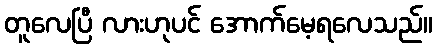
တူလေပြီ လားဟုပင် အောက်မေ့ရလေသည်။